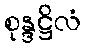
စုန္ဒဋ္ဌိလံ